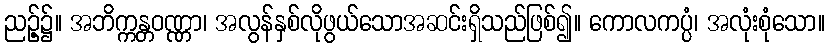
ညဉ့်၌။ အဘိက္ကန္တဝဏ္ဏာ၊ အလွန်နှစ်လိုဖွယ်သောအဆင်းရှိသည်ဖြစ်၍။ ကောလကပ္ပံ၊ အလုံးစုံသော။